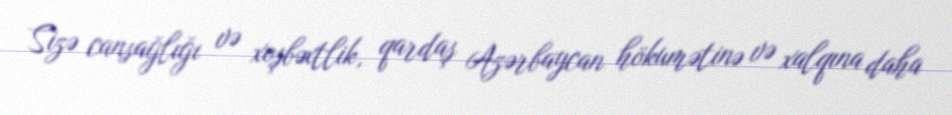
Sizə cansağlığı və xoşbəxtlik, qardaş Azərbaycan hökumətinə və xalqına daha